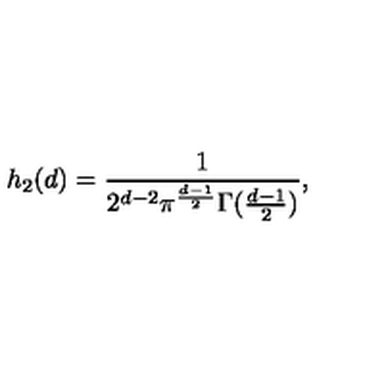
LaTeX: h _ { 2 } ( d ) = \frac { 1 } { 2 ^ { d - 2 } \pi ^ { \frac { d - 1 } { 2 } } \Gamma ( \frac { d - 1 } { 2 } ) } ,